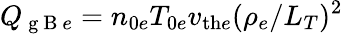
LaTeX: Q_{\mathrm{~g~B~}e}=n_{0e}T_{0e}v_{\mathrm{th}e}(\rho_{e}/L_{T})^{2}